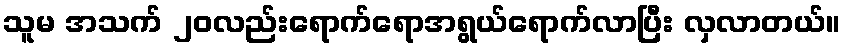
သူမ အသက် ၂၀လည်းရောက်ရောအရွယ်ရောက်လာပြီး လှလာတယ်။